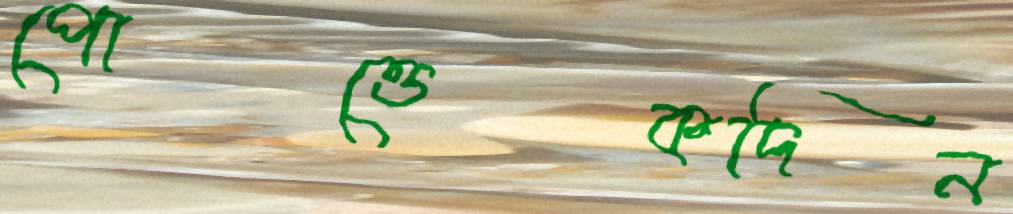
পোত্তেকদিন